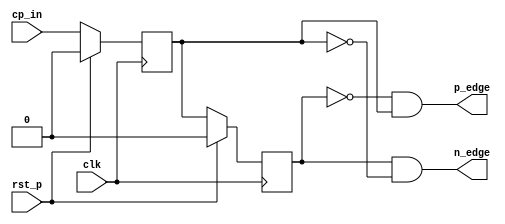
module edge_detector_n(
    input clk,
    input cp_in,
    input rst_p,
    output p_edge,
    output n_edge
);
    reg cp_in_old, cp_in_cur;
    
    always@(negedge clk)begin
        if(rst_p) begin
            cp_in_old <= 0;
            cp_in_cur <= 0;
        end
        else begin
            cp_in_old <= cp_in_cur;
            cp_in_cur <= cp_in;
        end
    end
    
    assign p_edge = ~cp_in_old & cp_in_cur;
    assign n_edge = cp_in_old & ~cp_in_cur;
    

endmodule

module clock_usec(
    input clk, reset_p,
    output clk_usec
    );
    reg [6:0] cnt_10nsec;
    wire cp_usec;
    always@(posedge clk) begin
        if(reset_p) cnt_10nsec <= 0;
        else if(cnt_10nsec >= 99) cnt_10nsec <= 0;
        //else if(cnt_10nsec >= 9) cnt_10nsec <= 0;
        else cnt_10nsec <= cnt_10nsec+1;
    end
    
    assign cp_usec = cnt_10nsec < 49 ? 0 : 1;
    //assign cp_usec = cnt_10nsec < 4 ? 0 : 1;
    
    edge_detector_n edp0(.clk(clk), .cp_in(cp_usec),.rst_p(reset_p), .p_edge(), .n_edge(clk_usec));
    
endmodule

module clock_div_1000(
    input clk, clk_source, reset_p,
    output clk_div_1000
    );
    reg [8:0] cnt_clk;
    reg cp_div_1000;
    always@(posedge clk) begin
        if(reset_p) begin
            cnt_clk <= 0;
            cp_div_1000 <= 0;
        end
        else if(clk_source) begin
            if(cnt_clk >= 499) begin
            //if(cnt_clk >= 4) begin
                cnt_clk <= 0;
                cp_div_1000 <= ~cp_div_1000;
            end
            else cnt_clk <= cnt_clk+1;
        end
    end
    
    edge_detector_n edp1(clk, cp_div_1000,reset_p, ,clk_div_1000);
    
endmodule

module clock_sec(
    input clk, clk_msec, reset_p,
    output clk_sec
    );
    reg [8:0] cnt_msec;
    reg cp_sec;
    always@(posedge clk) begin
        if(reset_p) begin
            cnt_msec <= 0;
            cp_sec <= 0;
        end
        else if(clk_msec) begin
            if(cnt_msec >= 499) begin
            //if(cnt_msec >= 4) begin
                cnt_msec <= 0;
                cp_sec <= ~cp_sec;
            end
            else cnt_msec <= cnt_msec+1;
        end
    end
    
    edge_detector_n edp2(clk, cp_sec,reset_p, , clk_sec);
    
endmodule

module clock_min(
    input clk, clk_sec, reset_p,
    output clk_min
    );
    reg [5:0] cnt_sec;
    reg cp_min;
    always@(posedge clk) begin
        if(reset_p) begin
            cnt_sec <= 0;
            cp_min <= 0;
        end
        else if(clk_sec) begin
            if(cnt_sec >= 29) begin
                cnt_sec <= 0;
                cp_min <= ~cp_min;
            end
            else cnt_sec <= cnt_sec+1;
        end
    end
    
    edge_detector_n edp3(clk, cp_min,reset_p, , clk_min);
    
endmodule

module counter_dec_60(
    input clk, reset_p,
    input clk_time,
    output reg[3:0] dec1, dec10
);

    always@(posedge clk) begin
        if(reset_p) begin
            dec1 <= 0;
            dec10 <= 0;
        end
        else if(clk_time) begin
            if(dec1 >= 9) begin
                dec1 <= 0;
                if(dec10 >= 5) dec10 <= 0;
                else dec10 <= dec10+1;
            end
            else dec1 = dec1 + 1;
        end
    end

endmodule